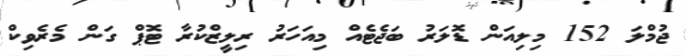
ޖުމްލަ 152 މިލިއަން ޑޮލަރު ބަޖެޓެއް މިއަހަރު ރިލީޒްކުރާ ޓޮޕް ގަން މެރެވިކް